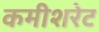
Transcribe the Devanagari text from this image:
कमीशरेट